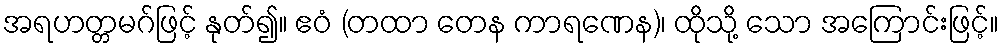
အရဟတ္တမဂ်ဖြင့် နုတ်၍။ ဧဝံ (တထာ တေန ကာရဏေန)၊ ထိုသို့ သော အကြောင်းဖြင့်။